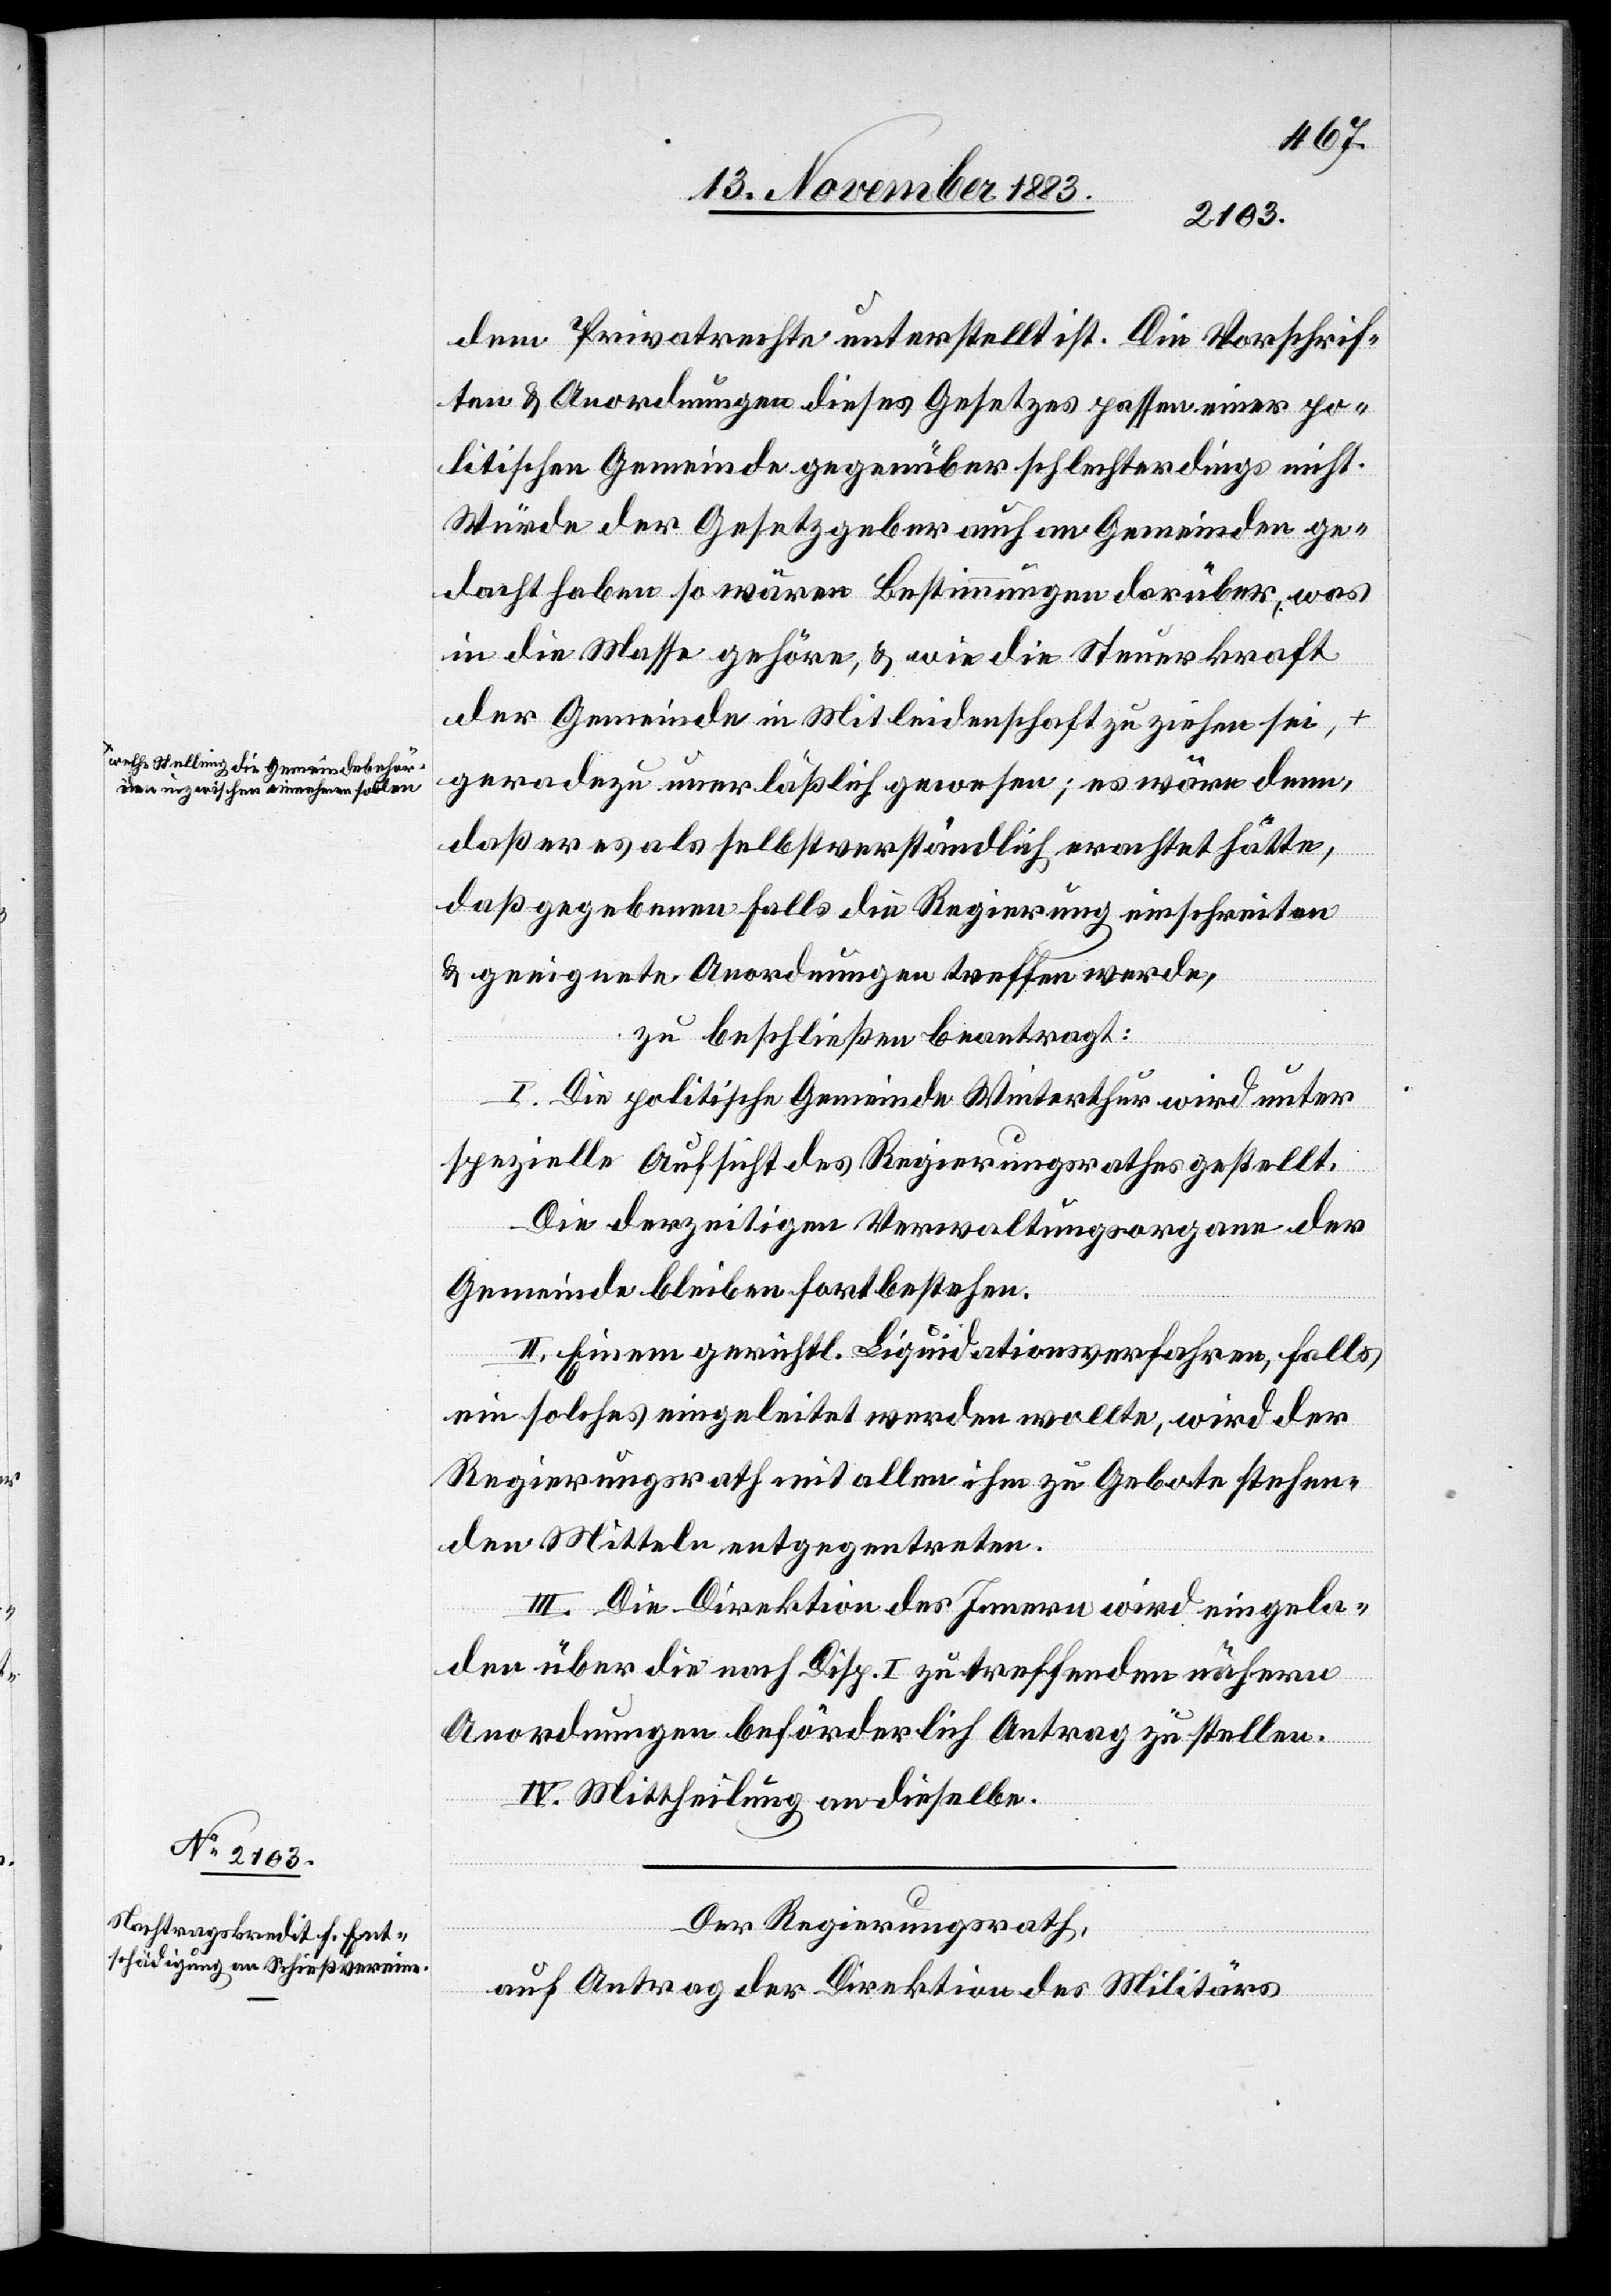
a-welche Stellung die Gemeindebehör¬
den inzwischen einnehmen sollen-a

dem Privatrechte unterstellt ist. Die Vorschrif¬
ten & Anordnungen dieses Gesetzes passen einer po¬
litischen Gemeinde gegenüber schlechterdings nicht.
Würde der Gesetzgeber auch an Gemeinden ge¬
dacht haben so wären Bestimmungen darüber, was
in die Masse gehöre, & wie die Steuerkraft
der Gemeinde in Mitleidenschaft zu ziehen sei,
geradezu unerläßlich gewesen; es wäre denn,
daß er es als selbstverständlich erachtet hätte,
daß gegebenen Falls, die Regierung einschreiten
& geeignete Anordnungen treffen werde,
zu beschließen beantragt:
I. Die politische Gemeinde Winterthur wird unter
spezielle Aufsicht des Regierungsrathes gestellt.
Die derzeitigen Verwaltungsorgane der
Gemeinde bleiben fortbestehen.
Einem
ein solches eingeleitet werden wollte, wird der
Regierungsrath mit allen ihm zu Gebote stehen¬
den Mitteln entgegentreten.
III. Die Direktion des Innern wird eingela¬
den über die nach Disp. I zu treffenden nähern
Anordnungen beförderlich Antrag zu stellen.
IV. Mittheilung an dieselbe.
Der Regierungsrath,
auf Antrag der Direktion des Militärs